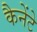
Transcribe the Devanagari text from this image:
कैनेंटे